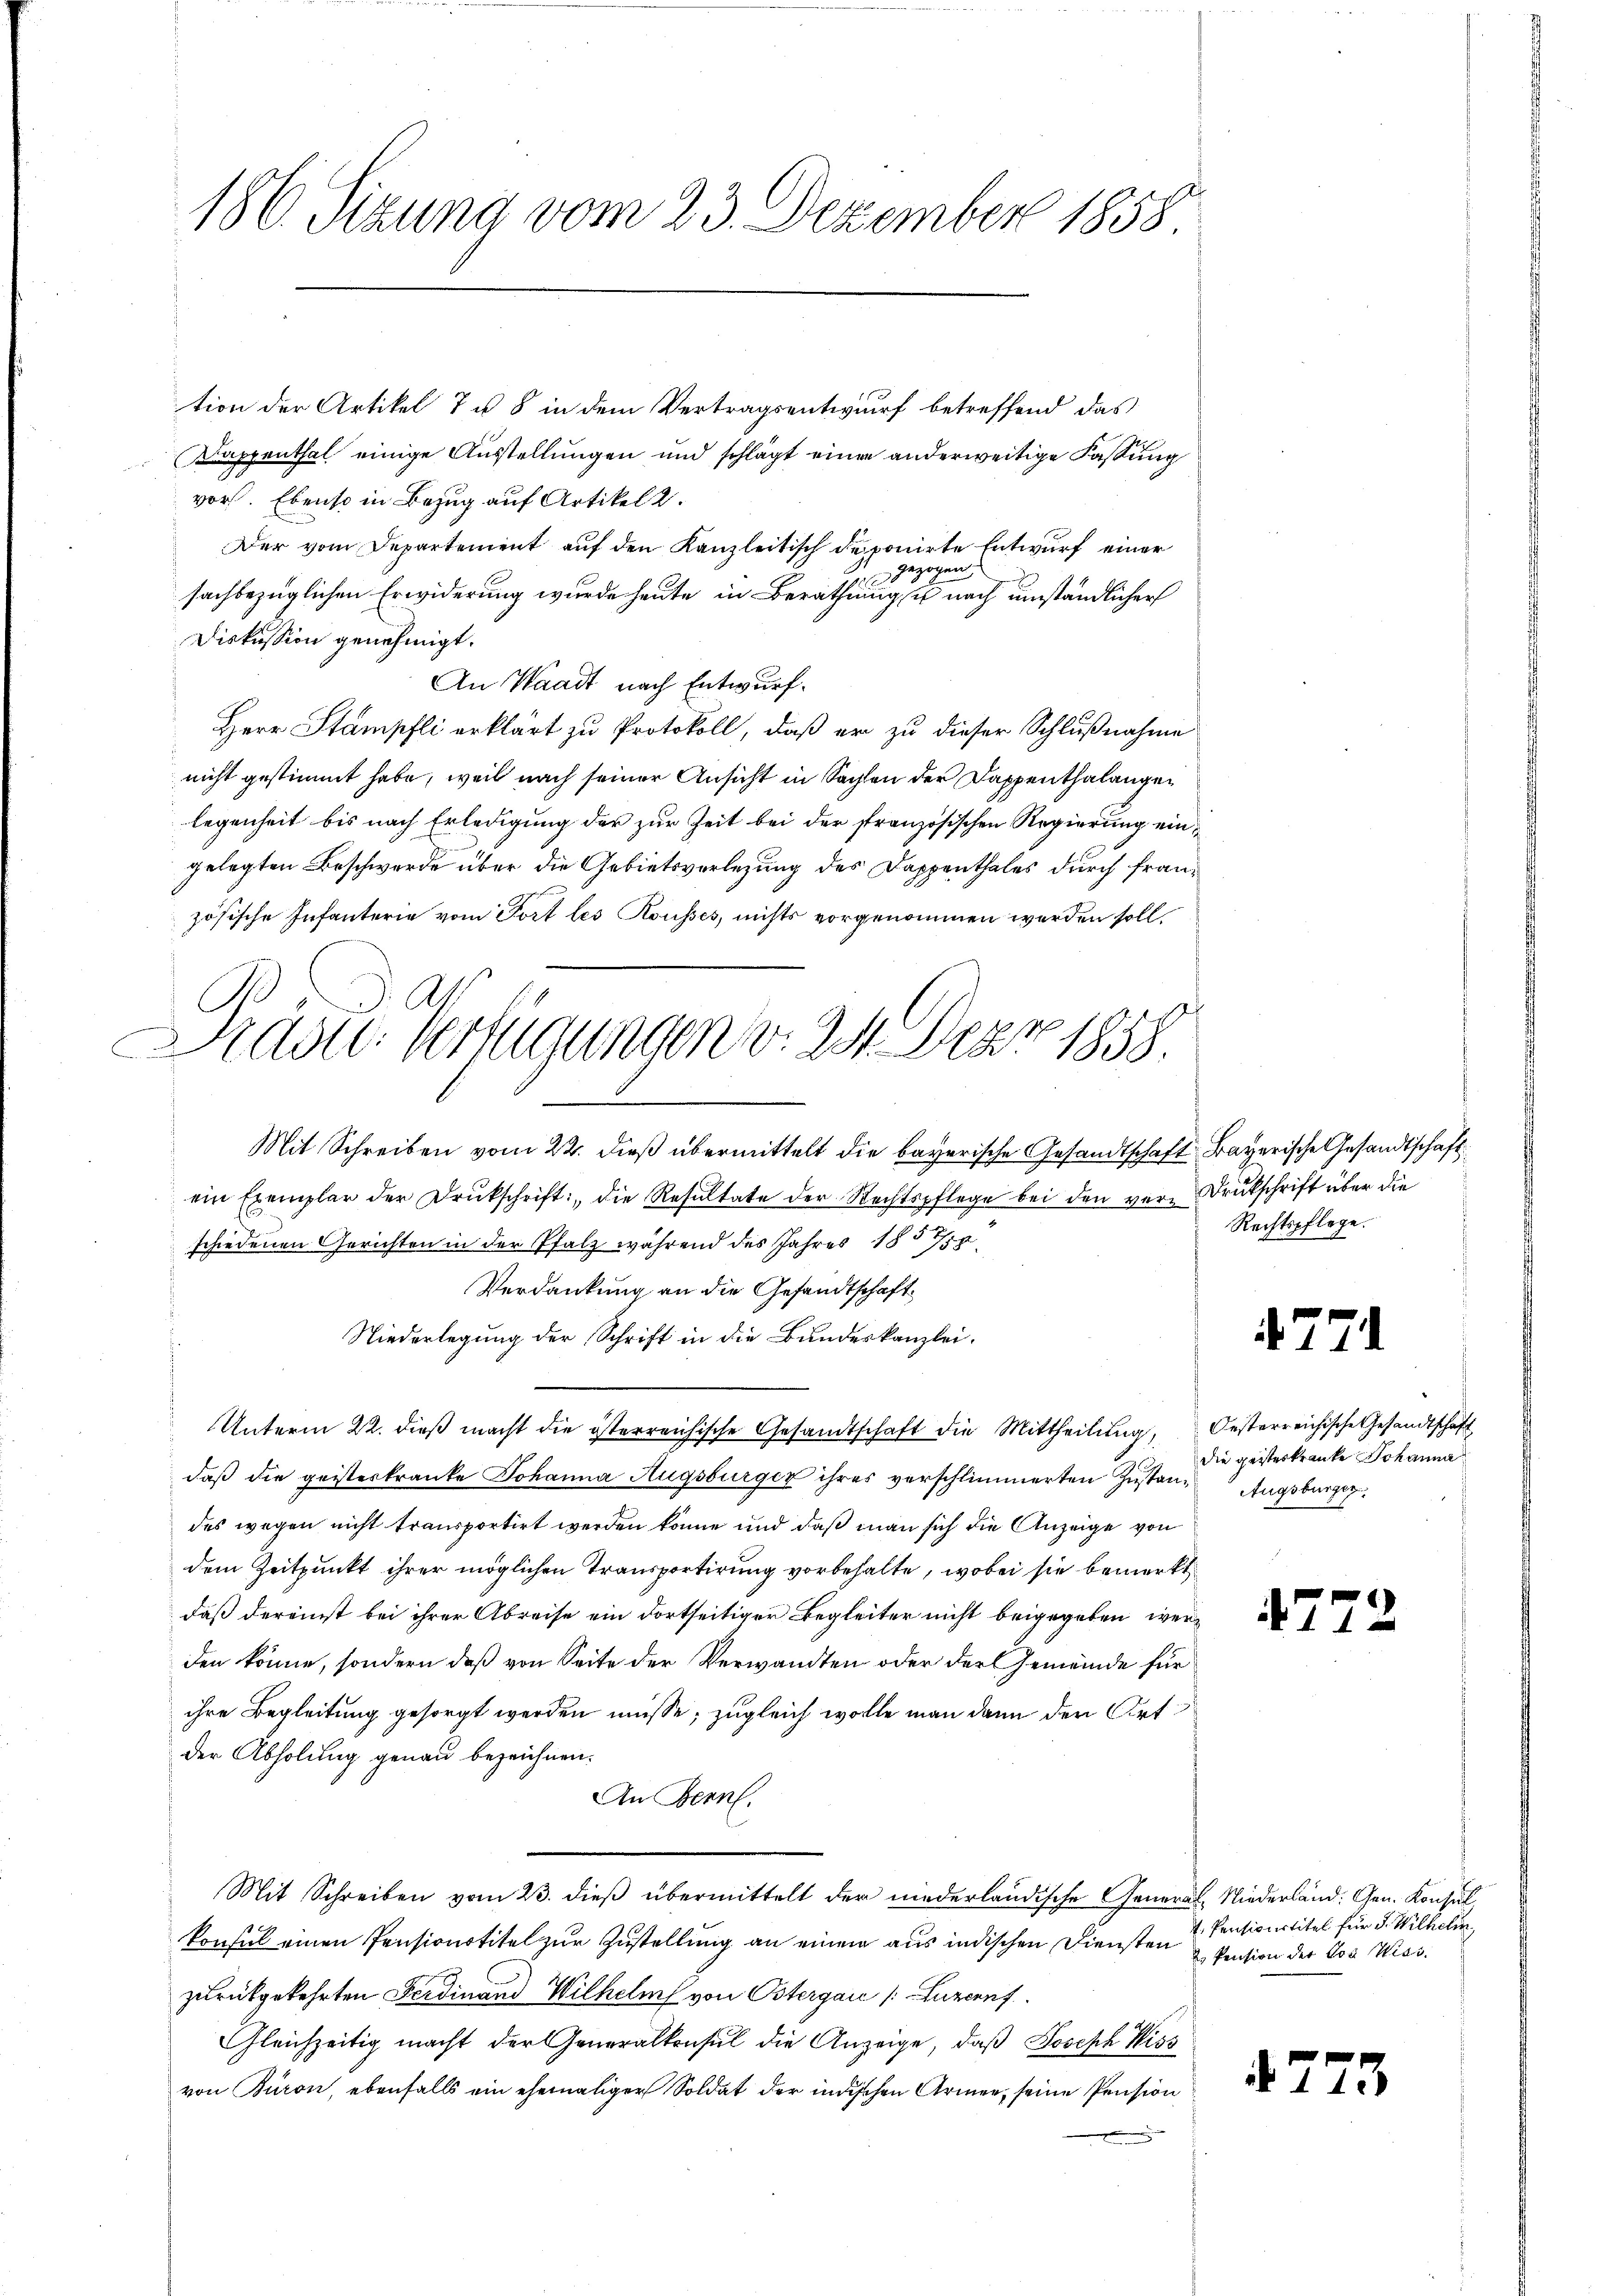
186. Sizung vom 23. Dezember 1858

tion der Artikel 7 u. 8 in dem Vertragsentwurf betreffend das
Dappenthal einige Ausstellungen und schlägt einer anderweitige Fassung
vor. Ebenso in Bezug auf Artikel 2.
Der vom Departement auf den Kanzleitisch deponirte Entwurf einer
gezogen,
sachbezüglichen Erwiderung wurde heute in Berathung u nach umständlicher
Diskussion genehmigt.
An Waadt nach Entwurf.
Herr Stampfli erklärt zu Protokoll, daß er zu dieser Schlußnahme
nicht gestimmt habe, weil nach seiner Ansicht in Sachen der Dappenthalangelegenheit bis nach Erledigung der zur Zeit bei der französischen Regierung eingelegten Beschwerde über die Gebietsverlegung des Dappenthales durch französische Infanterie vom Port les Rousses, nichts vorgenommen werden soll,
Mit Schreiben vom 22. dieß übermittelt die bayerische Gesandtschaft Bayerische Gesandtschaft
ein Exemplar der Drukschrift die Resultate der Rechtspflege bei den ver-Druckschrift über die
schiedenen Gerichten in der Pfalz während des Jahres 1857/58
Verdankung an die Gesandtschaft
Niederlegung der Schrift in die Bundeskanzlei.
Unterm 22. dieβ macht die österreichische Gesandtschaft die Mittheilung, Oesterreichische Gesandtschaft,
daß die geisteskranke Johanna Augsburger ihres verschlimmerten Zustandes wegen nicht transportirt werden könne und daß man sich die Anzeige von
dem Zeitpunkt ihrer möglichen Transportirung vorbehalte, wobei sie bemerkt
daß dereinst bei ihrer Abreise ein dortseitiger Begleiter nicht beigegeben werden könne, sondern daß von Seite der Verwandten oder der Gemeinde für
ihre Begleitung gesorgt werden müsse; zugleich wolle man dann den Ort
der Abholung genau bezeichnen.
An Bern.
Mit Schreiben vom 23. dieß übermittelt der niederländische General Niederland: Gen. Konsul,
konsul einen Pensionstitel zur Zustellung an einem aus indischen Diensten & Vention der Vos Wiss
zurückgekehrten Ferdinand Wilhelms von Ostergau (Luzernf
Gleichzeitig macht der Generalkonsul die Anzeige, daß Joseph Wiss
von Buron, ebenfalls ein ehemaliger Soldat der indischen Armen, seine Pension

Städte Verfügungen v. 241. Der 1858.

Rechtspflege.

477

die geisterkranke Johanna
Augsburger

47

Pensionstitel für J. Wilhelm,

4773